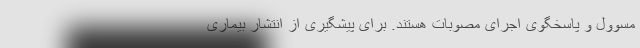
مسوول و پاسخگوی اجرای مصوبات هستند. برای پیشگیری از انتشار بیماری